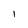
Character: 1